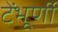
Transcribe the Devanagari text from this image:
टेंभूर्णी